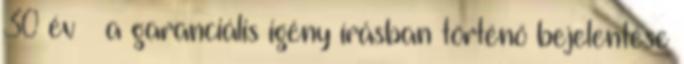
30 év – a garanciális igény írásban történő bejelentése